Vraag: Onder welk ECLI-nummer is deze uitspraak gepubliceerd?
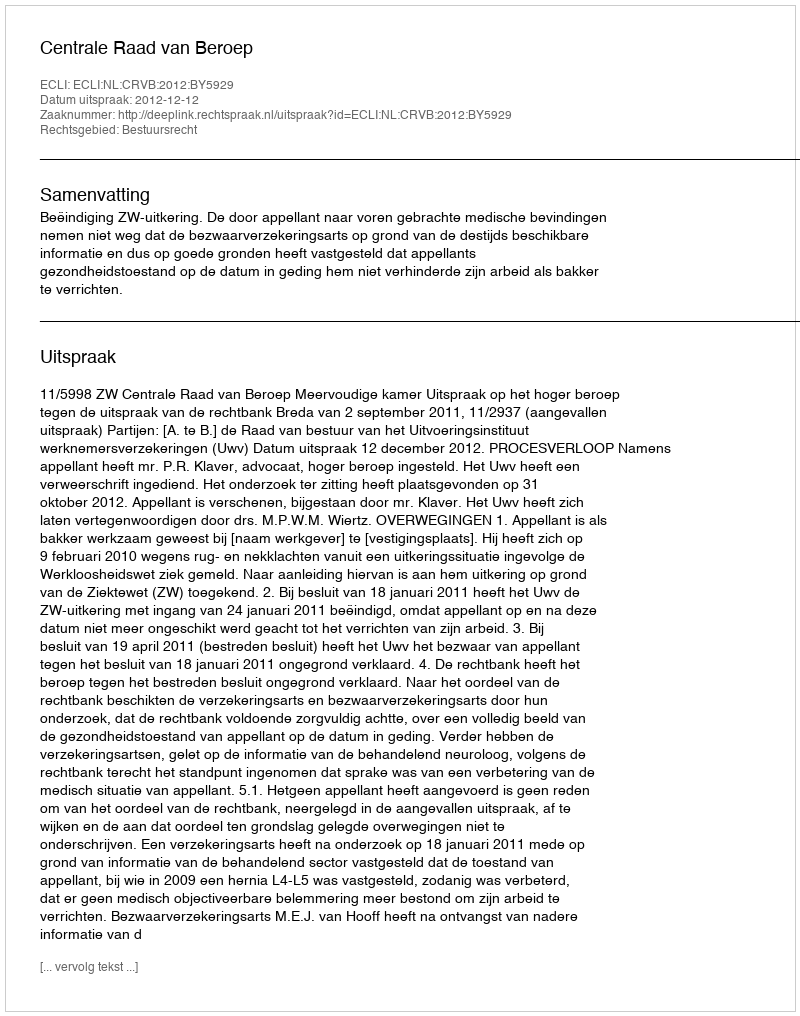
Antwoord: ECLI:NL:CRVB:2012:BY5929